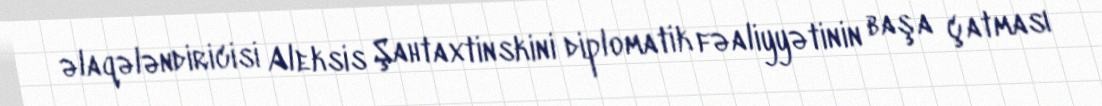
əlaqələndiricisi Aleksis Şahtaxtinskini diplomatik fəaliyyətinin başa çatması